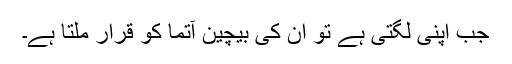
جب اپنی لگتی ہے تو ان کی بیچین آتما کو قرار ملتا ہے۔